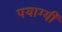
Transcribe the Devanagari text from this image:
पयाग्यी